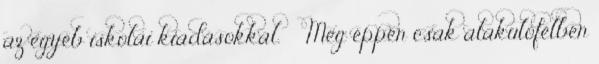
az egyéb iskolai kiadásokkal. ·· Még éppen csak alakulófélben